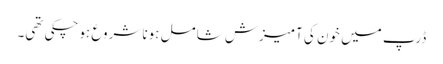
ڈرپ میں خون کی آمیزش شامل ہونا شروع ہوچکی تھی۔